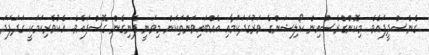
ގެނެސްދީފައެވެ. މިކޮންގްރެސްއިން ކޯލިޝަންގެ ވަރުގަދަކަމާއި އެއްބައިވަންތަކަން މިވަނީ ފެނިގެން ގޮސްފައެވެ. އެކުވެރިކަމަކީ ގަދަފަދަ